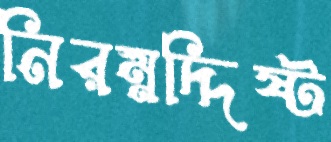
নিরম্নদ্দিষ্ট